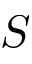
S